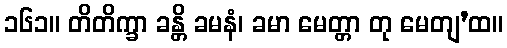
၁၆၁။ တိတိက္ခာ ခန္တိ ခမနံ၊ ခမာ မေတ္တာ တု မေတျ’ထ။